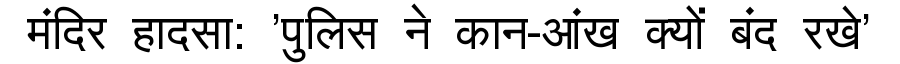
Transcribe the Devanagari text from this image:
मंदिर हादसा: 'पुलिस ने कान-आंख क्यों बंद रखे'